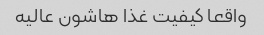
واقعا کیفیت غذا هاشون عالیه